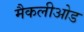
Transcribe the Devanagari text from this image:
मैकलीओड